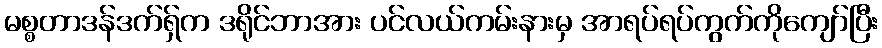
မစ္စတာဒန်ဒက်ရှ်က ဒရိုင်ဘာအား ပင်လယ်ကမ်းနားမှ အာရပ်ရပ်ကွက်ကိုကျော်ပြီး